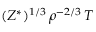
( Z ^ { * } ) ^ { 1 / 3 } \, \rho ^ { - 2 / 3 } \, T